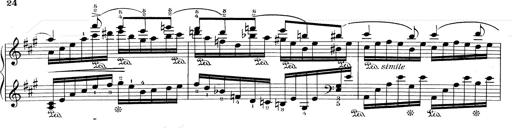
Title: RÃ©miniscences de Don Juan
Composer: Franz Liszt